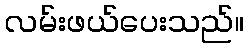
လမ်းဖယ်ပေးသည်။